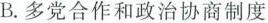
B.多党合作和政治协商制度